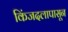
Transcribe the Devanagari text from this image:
किंजदलापासून